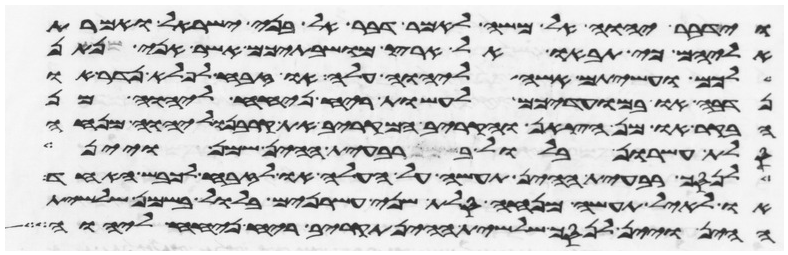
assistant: וידבר יהוה אל משה לאמר דבר אל בני ישראל ואמרת
אליהם כי תבאו אל ארץ מושבתיכם אשר אני נתן
לכם ועשיתם אשה ליהוה עלה או זבח לפלא נדר או
נדבה או במועדיכם לעשות ריח ניחח ליהוה מן
הבקר או מן הצאן והקריב המקריב את קרבנו ליהוה מנחה
סלת עשרון בלול ברבעית ההין שמן ויין
לנסך רבעית ההין תעשה על העלה או לזבח לכבש האחד
או לאיל תעשה מנחה סלת שני עשרנים בלול בשמן שלשית
ההין ויין לנסך שלשית ההין תקריב ריח ניחח ליהוה